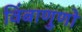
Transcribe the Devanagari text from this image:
विंबाणुणों